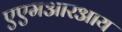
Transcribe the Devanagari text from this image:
एएमआरआय